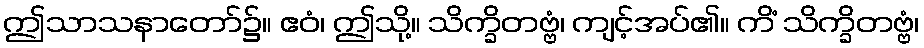
ဤသာသနာတော်၌။ ဧဝံ၊ ဤသို့။ သိက္ခိတဗ္ဗံ၊ ကျင့်အပ်၏။ ကိံ သိက္ခိတဗ္ဗံ၊